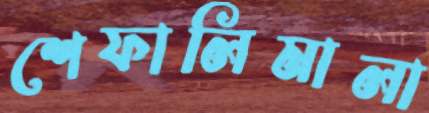
শেফালিমালা